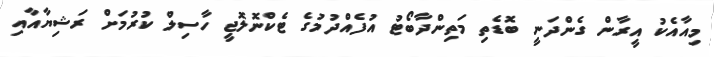
މިއާއެކު އީރާން ގެންދަނީ ބޮޑެތި މަތިންދާބޯޓު އުފެއްދުމުގެ ޓެކްނޮލޮޖީ ހާސިލް ކުރުމަށް ރަޝިޔާއާއި